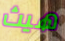
هيث